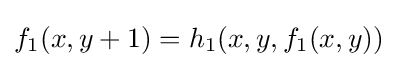
f_{1}(x,y+1)=h_{1}(x,y,f_{1}(x,y))